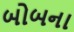
બોબના